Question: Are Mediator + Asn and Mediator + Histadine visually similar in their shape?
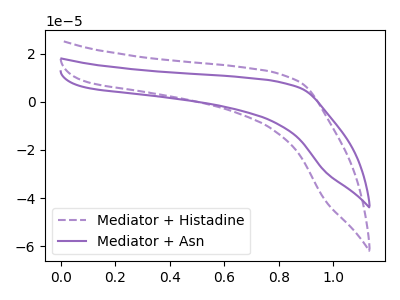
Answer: <think>The purple dashed curve "Mediator + Histadine" has no peaks. The purple curve "Mediator + Asn" has no peaks.
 Neither "Mediator + Asn" or "Mediator + Histadine" have any peaks.</think>
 <answer>"Mediator + Asn" and "Mediator + Histadine" are similar in shape.</answer>
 <eval>same_shape</eval>